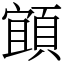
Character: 𩓧